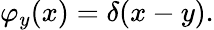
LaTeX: \varphi_{y}(x)=\delta(x-y).